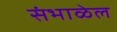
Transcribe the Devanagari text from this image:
संभाळेल